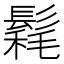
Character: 𩮄